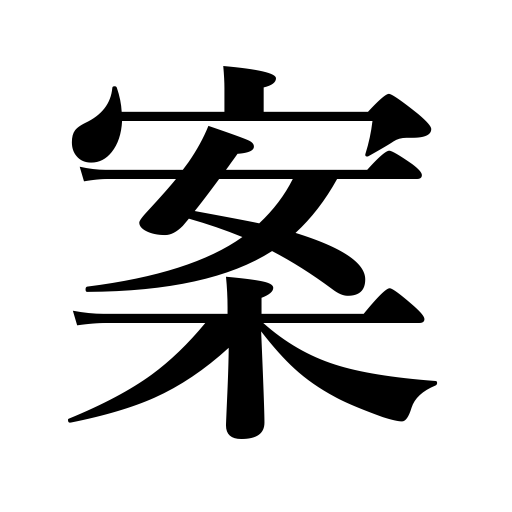
Meanings: idea,expectation,measure,draft,proposition,table,bill,plan,suggestion,opinion